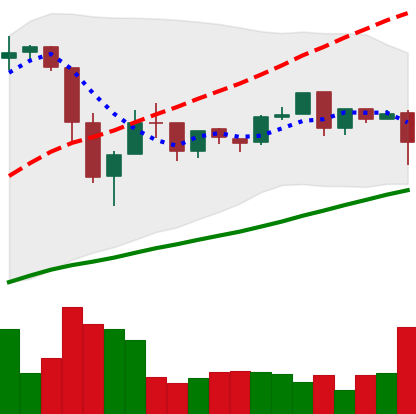
Ticker: BTC-USD
Chart end date: 2016-07-07
Forward return: 3.745%
Label: up_3_5